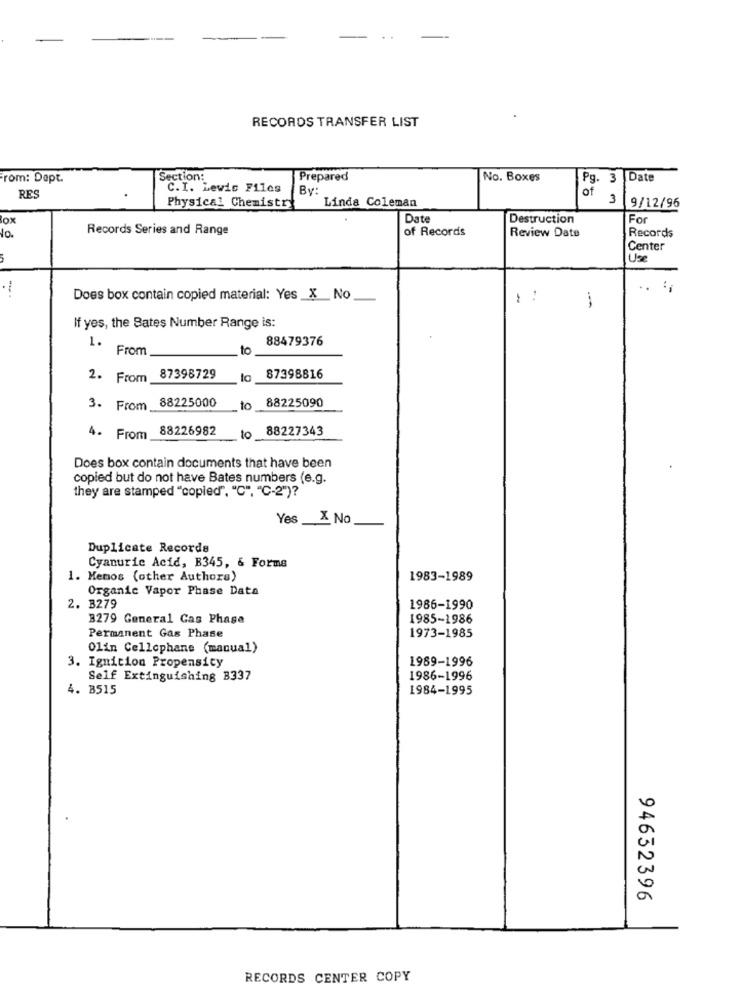
RECORDS TRANSFER LIST
rom: Dapt.
Section:
Prepared
No. Boxes
Pg. 3 Date
C.I. Lewis Files
By:
of
RES
Linda Coleman
3
Physical Chemistry
9/12/96
lox
Date
Destruction
For
10.
Records Series and Range
of Records
Records
Review Date
Center
Use
Does box contain copied material: Yes _X_No
-.
If yes, the Bates Number Range is:
1.
88479376
From
10
2. From
87398729
87398816
88225000
88225090
3. From
to
88226982
88227343
4. From_
10
Does box contain documents that have been
copied but do not have Bates numbers (e.g.
they are stamped "copied", "C", "C-2")?
Yes X No
Duplicate Records
Cyanuric Acid, B345, & Forms
1. Menos (other Authors)
1983-1989
Organic Vapor Phase Data
2. 3279
1986-1990
3279 General Cas Phase
1985-1986
Permanent Gas Phase
1973-1985
Olin Cellophane (manual)
1989-1996
3. Ignition Propensity
Self Extinguishing B337
1986-1996
4. B515
1984-1995
94632396
RECORDS CENTER COPY